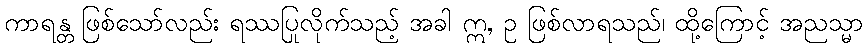
ကာရန္တ ဖြစ်သော်လည်း ရဿပြုလိုက်သည့် အခါ ဣ, ဥ ဖြစ်လာရသည်၊ ထို့ကြောင့် အညသ္မာ